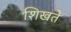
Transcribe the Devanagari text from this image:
शिखते